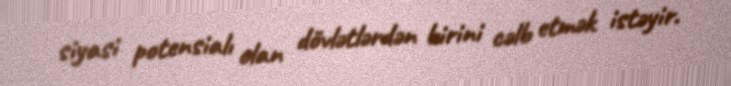
siyasi potensialı olan dövlətlərdən birini cəlb etmək istəyir.